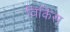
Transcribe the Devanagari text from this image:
विकिंस